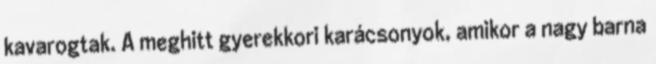
kavarogtak. A meghitt gyerekkori karácsonyok, amikor a nagy barna